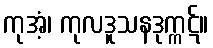
ကုအံ့၊ ကုလဒူသနဒုက္ကဋ်။